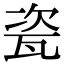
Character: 瓷